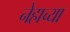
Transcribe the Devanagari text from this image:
नेहाच्या